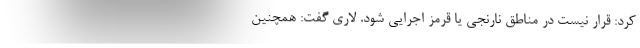
کرد: قرار نیست در مناطق نارنجی یا قرمز اجرایی شود. لاری گفت: همچنین